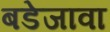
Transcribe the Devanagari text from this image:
बडेजावा